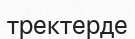
тректерде